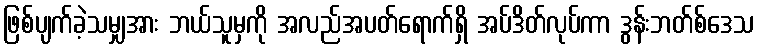
ဖြစ်ပျက်ခဲ့သမျှအား ဘယ်သူမှကို အလည်အပတ်ရောက်ရှိ အပ်ဒိတ်လုပ်ကာ ဒွန်းဘတ်စ်ဒေသ